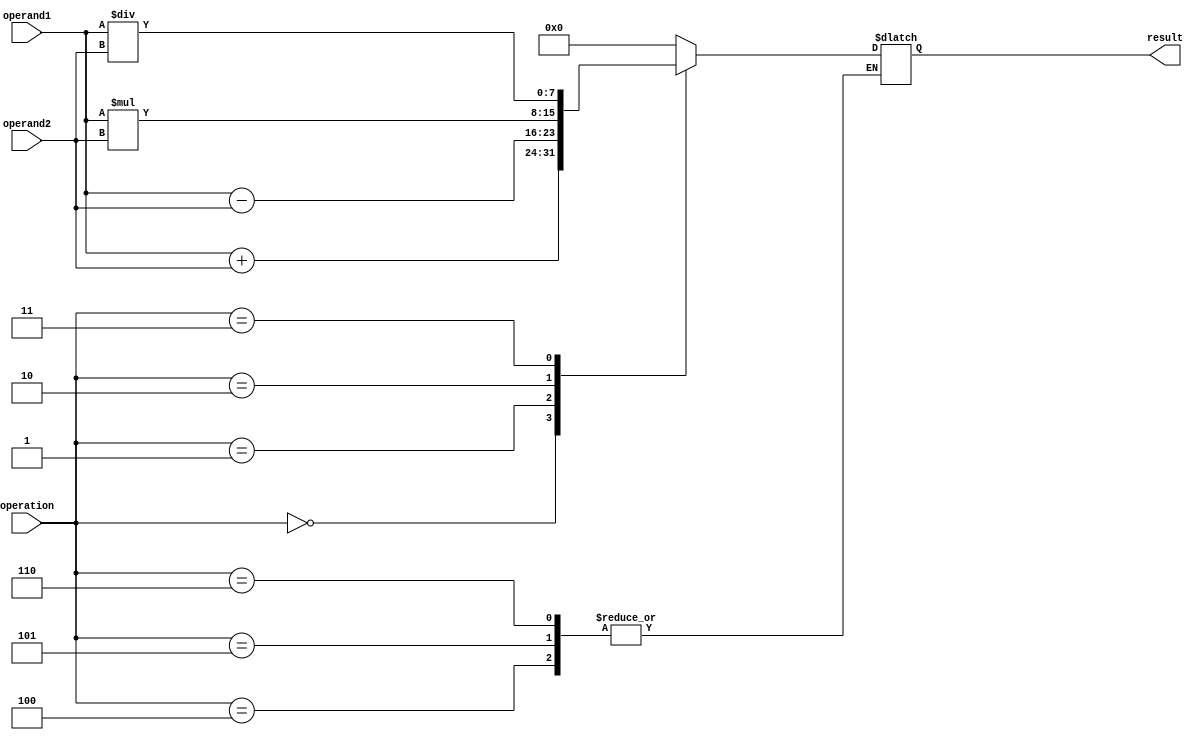
module TrigArithmeticALU (
    input wire [7:0] operand1,
    input wire [7:0] operand2,
    input wire [2:0] operation,
    output reg [7:0] result
);

reg [7:0] sine_approx, cosine_approx, tangent_approx;

always @(*) begin
    case(operation)
        3'b000: result = operand1 + operand2; // Addition
        3'b001: result = operand1 - operand2; // Subtraction
        3'b010: result = operand1 * operand2; // Multiplication
        3'b011: result = operand1 / operand2; // Division
        3'b100: begin
                    // Sine calculation
                    // Implementation details depends on desired accuracy
                end
        3'b101: begin
                    // Cosine calculation
                    // Implementation details depends on desired accuracy
                end
        3'b110: begin
                    // Tangent calculation
                    // Implementation details depends on desired accuracy
                end
        default: result = 8'h00;
    endcase
end

endmodule